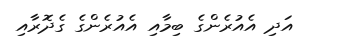
އަދި އެއުރެންގެ ބިމާއި އެއުރެންގެ ގެދޮރާއި